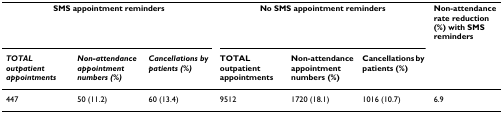
<table><thead><tr><td colspan="3"><b>SMS appointment reminders</b></td><td colspan="3"><b>No SMS appointment reminders</b></td><td><b>Non-attendance rate reduction (%) with SMS reminders</b></td></tr><tr><td><b><i>TOTAL outpatient appointments</i></b></td><td><b><i>Non-attendance appointment numbers (%)</i></b></td><td><b><i>Cancellations by patients (%)</i></b></td><td><b>TOTAL outpatient appointments</b></td><td><b>Non-attendance appointment numbers (%)</b></td><td><b>Cancellations by patients (%)</b></td><td></td></tr></thead><tbody><tr><td>447</td><td>50 (11.2)</td><td>60 (13.4)</td><td>9512</td><td>1720 (18.1)</td><td>1016 (10.7)</td><td>6.9</td></tr></tbody></table>